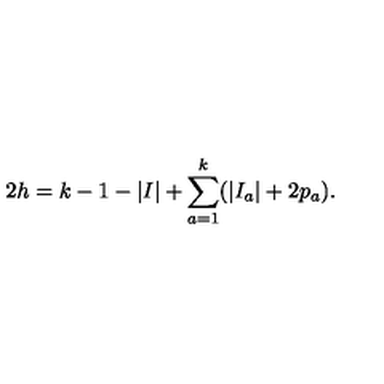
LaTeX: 2 h = k - 1 - | I | + \sum _ { a = 1 } ^ { k } ( | I _ { a } | + 2 p _ { a } ) .